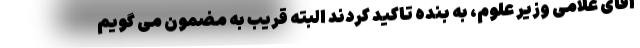
آقای غلامی وزیر علوم، به بنده تاکید کردند البته قریب به مضمون می گویم